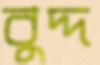
বুদ্দ